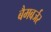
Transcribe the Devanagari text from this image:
बैमबर्जर